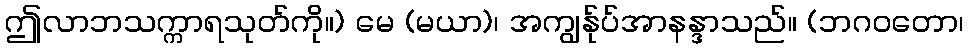
ဤလာဘသက္ကာရသုတ်ကို။) မေ (မယာ)၊ အကျွန်ုပ်အာနန္ဒာသည်။ (ဘဂဝတော၊